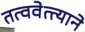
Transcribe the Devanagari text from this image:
तत्ववेत्त्याने